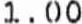
1.00